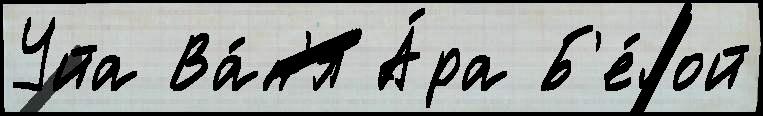
Уйа Ва́н'я А́ра Б'е́лой